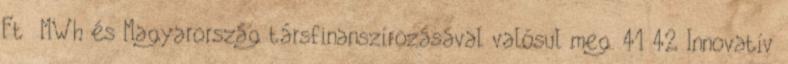
Ft MWh és Magyarország társfinanszírozásával valósul meg. 41 42 Innovatív